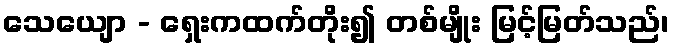
သေယျော - ရှေးကထက်တိုး၍ တစ်မျိုး မြင့်မြတ်သည်၊